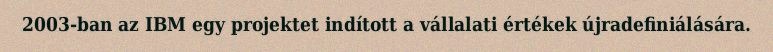
2003-ban az IBM egy projektet indított a vállalati értékek újradefiniálására.